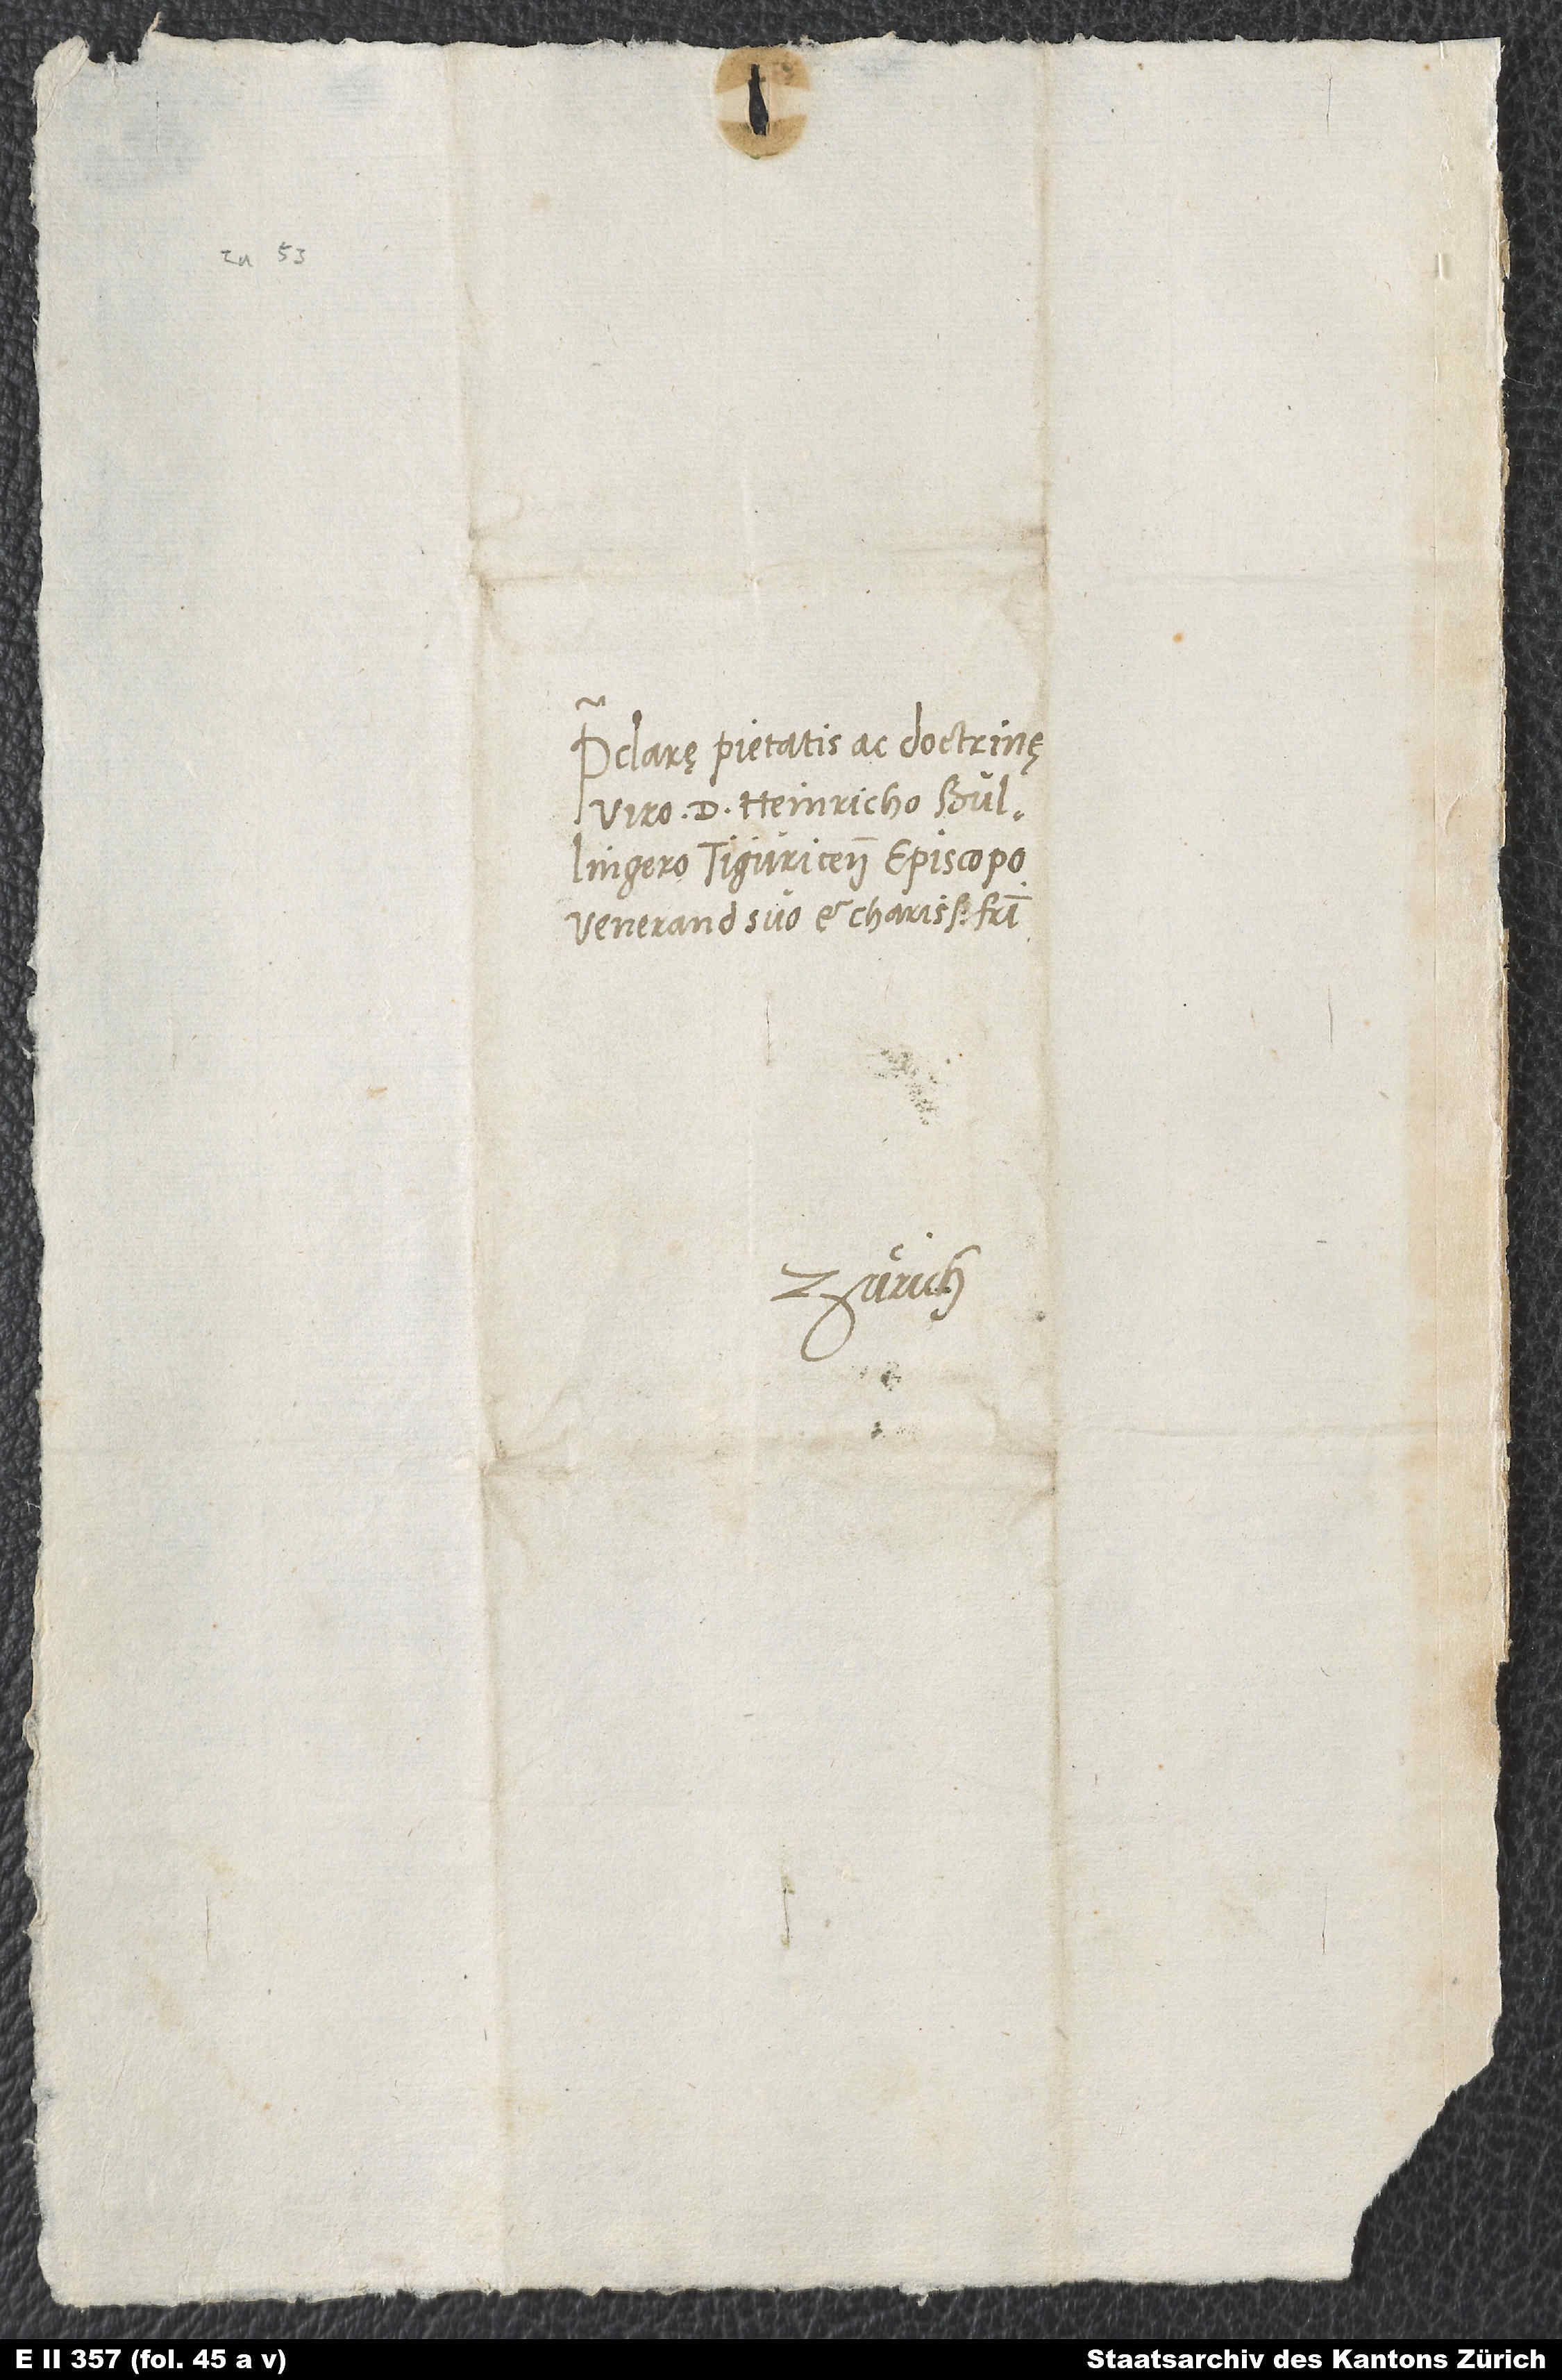
2.

Praeclarę pietatis ac doctrinę
viro d. Heinricho Bullingero,
Tiguricen episcopo,
venerando suo et charissimo fratri.
Zürich.
S.